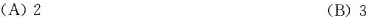
(A)2 (B)3